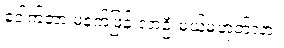
ဒေါက်တာ မနက်ဖြန် လာဦးမယ်မဟုတ်လား